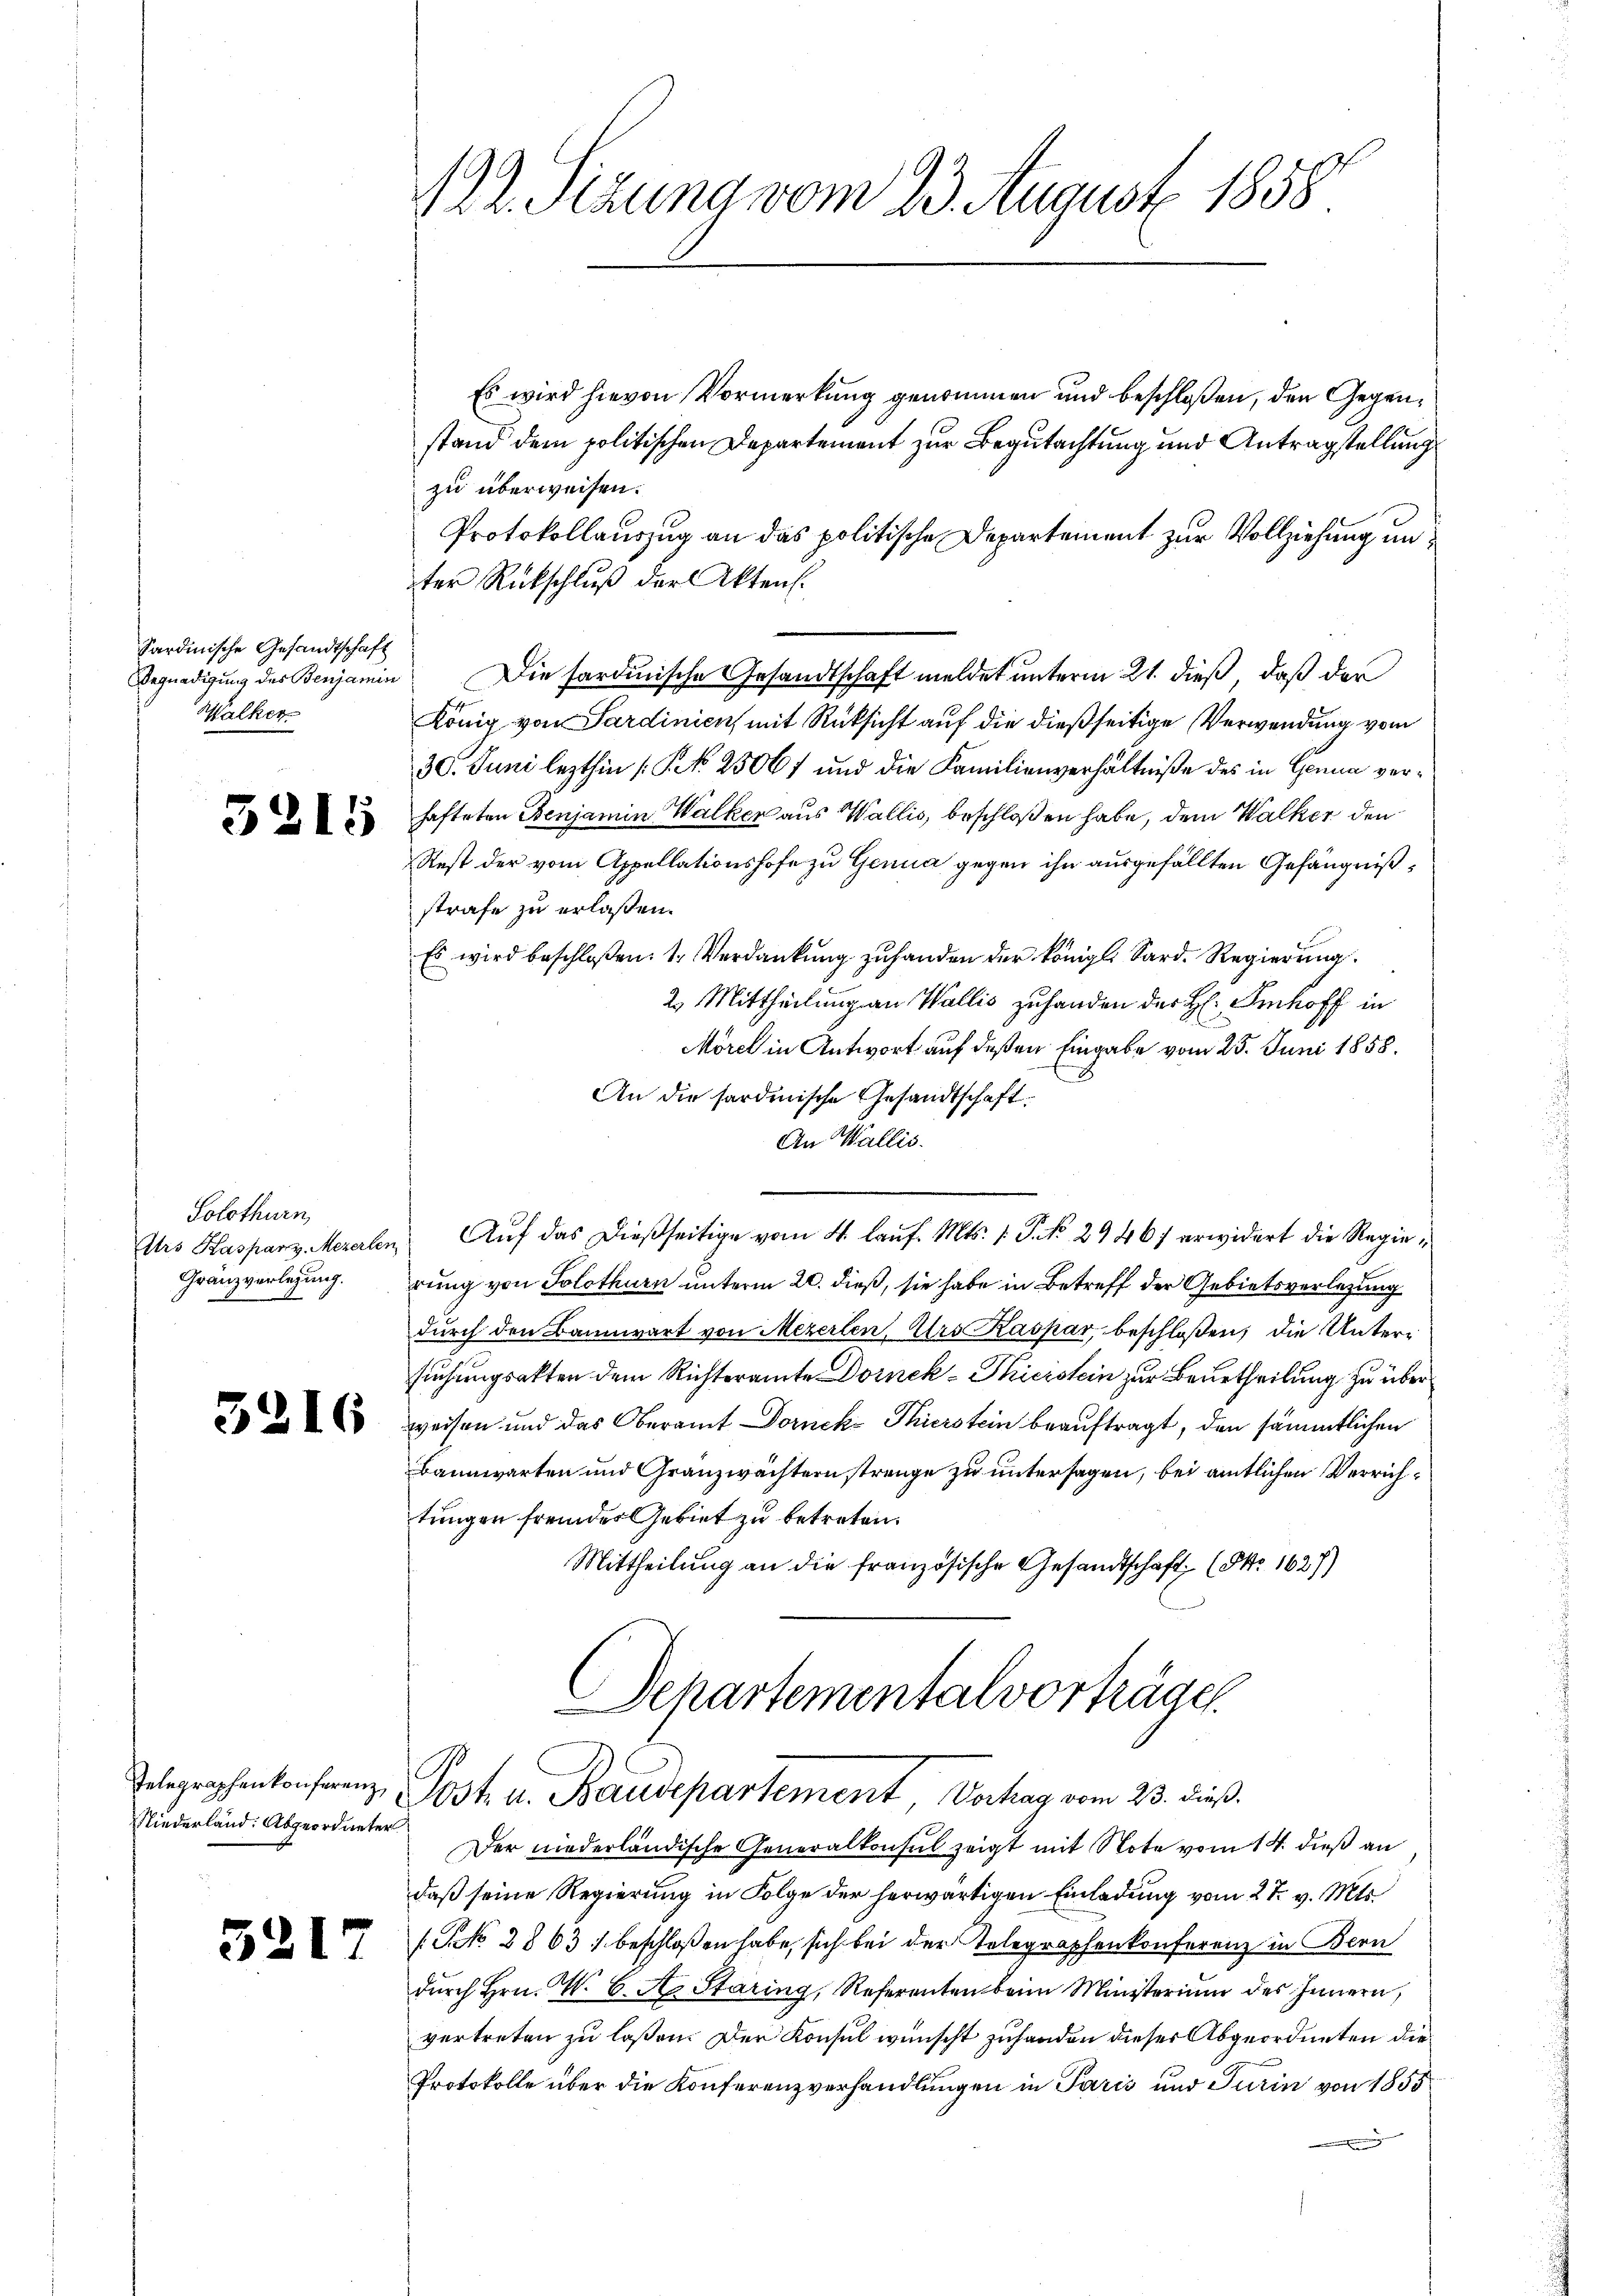
Sardinische Gesandtschaft
Walker

5215

Solothurn,
Gränzverlegung.

Niederland: Abgeordneter

5217

M. Sitzung vom 23. August 1858

Es wird hievon Vormerkung genommen und beschloßen, den Gegenstand dem politischen Departement zur Begutachtung und Antragstellung
zu überweisen.
Protokollauszug an das politische Departement zur Vollziehung unter Rückschlŭβ der Aktens.
Begnadigung der Benjamin Die sardinische Gesandtschaft meldet unterm 21. dieß, daß der
König von Sardinien mit Rücksicht auf die dießseitige Verwendung vom
30. Juni lezthin [§ 25067 und die Familienverhältniße des in Genua verhafteten Benjamin Walker aus Wallis, beschloßen habe, dem Walker den
Rest der vom Appellationshofe zu Genua gegen ihn ausgefällten Gefängnißstrafe zu erlassen.
Es wird beschloßen: 1. Verdankung zu handen der Königl. Sard. Regierung
2. Mittheilung an Wallis zuhanden der H: Imhoff in
Morel in Antwort auf deßen Eingabe vom 25. Juni 1858.
An die fordenische Gesandtschaft.
An Wallis.
Urs Kasparz, Mezerlen Auf das dießseitige vom 4. lauf. Mts. 1. P. Nr. 29467 erwidert die Regierung von Solothurn unterm 20. dieß, sie habe in Betreff der Gebietsverlegung
durch den Bannwart von Mezerlen, Urs Kaspar, beschloßen, die Untersuchungsakten dem Richteramte Dornek-Thierstein zur Beurtheilung zu über
 u weisen und das Oberamt Dornek- Thierstein beaŭftragt, den sämmtlichen
Bannwarten und Gränzwächtern strenge zu untersagen, bei amtlichen Verrichtungen fremdes Gebiet zu betreten.
Mittheilung an die französische Gesandtschaft (§ 1627)
Separtementalvorträge

Telegraphenkonferenz Post u. Baudepartement, Vortrag vom 23. dieß.

Der niederländische Generalkonsul zeigt mit Note vom 14. dieß an
daß seine Regierung in Folge der herwärtigen Einladung vom 27. v. Mts.
/G. No. 2863) beschloßen habe, sich bei der Telegraphenkonferenz in Bern
dŭrch Hrn. M. C. A. Staring, Referenten beim Ministerium des Innern,
vertreten zu laßen. Der Konsul wünscht zu handen dieser Abgeordneten die
Protokolle über die Konferenzverhandlungen in Paris und Turin von 1855
g